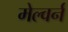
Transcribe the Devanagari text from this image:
मेल्वर्न